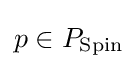
p\in P_{\operatorname {Spin} }